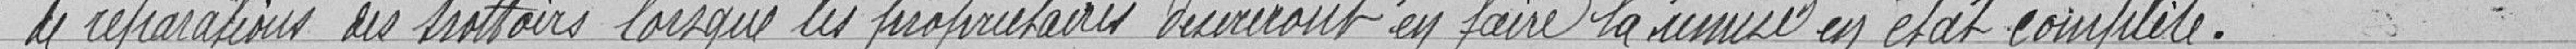
de réparation des trottoirs lorsque les propriétaires désireront  en faire la remise en état complète.